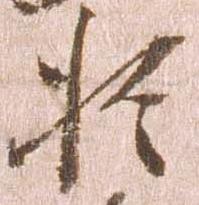
於